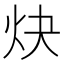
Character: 炔